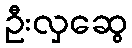
ဦးလှဆွေ